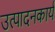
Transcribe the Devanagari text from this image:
उत्पादनकार्य